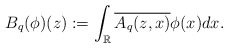
\begin{align*}B_q(\phi)(z):=\displaystyle \int_{\mathbb{R}}\overline{A_q(z,x)}\phi(x)dx.\end{align*}